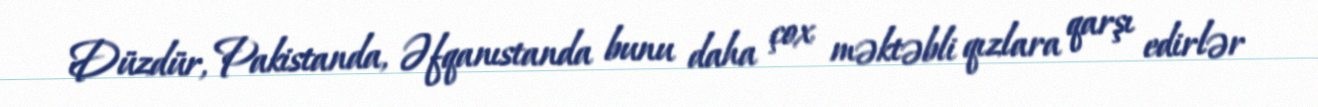
Düzdür, Pakistanda, Əfqanıstanda bunu daha çox məktəbli qızlara qarşı edirlər